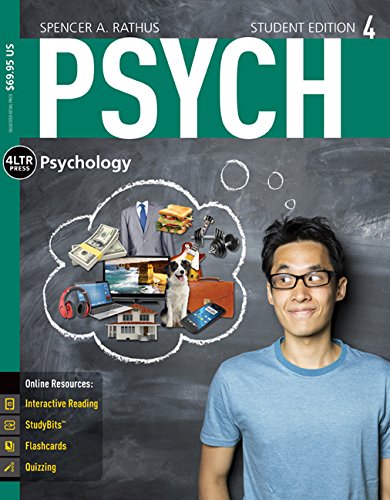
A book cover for PSYCH4 (with Online, 1 term (6 months) Printed Access Card) (New, Engaging Titles from 4LTR Press); Spencer A. Rathus; Health, Fitness & Dieting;